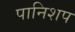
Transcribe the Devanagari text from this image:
पानिशप